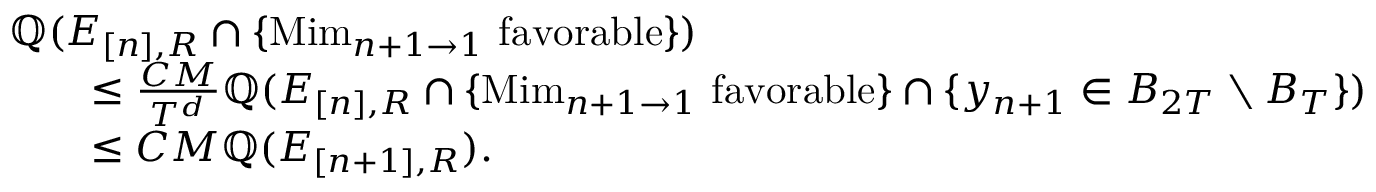
\begin{array} { r l } { \lefteqn { \mathbb Q ( E _ { [ n ] , R } \cap \{ \mathrm { M i m } _ { n + 1 \to 1 } \mathrm { ~ f a v o r a b l e } \} ) } \quad } & { } \\ & { \leq \frac { C M } { T ^ { d } } \mathbb Q ( E _ { [ n ] , R } \cap \{ \mathrm { M i m } _ { n + 1 \to 1 } \mathrm { ~ f a v o r a b l e } \} \cap \{ y _ { n + 1 } \in B _ { 2 T } \setminus B _ { T } \} ) } \\ & { \leq C M \mathbb Q ( E _ { [ n + 1 ] , R } ) . } \end{array}